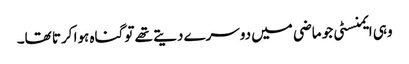
وہی ایمنسٹی جو ماضی میں دوسرے دیتے تھے تو گناہ ہوا کرتا تھا۔